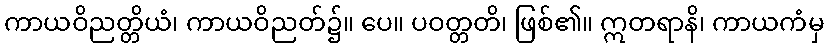
ကာယဝိညတ္တိယံ၊ ကာယဝိညတ်၌။ ပေ။ ပဝတ္တတိ၊ ဖြစ်၏။ ဣတရာနိ၊ ကာယကံမှ